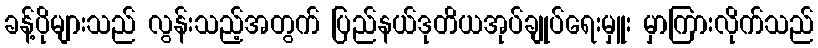
ခန့်ပိုများသည် လွန်းသည့်အတွက် ပြည်နယ်ဒုတိယအုပ်ချုပ်ရေးမှူး မှာကြားလိုက်သည်